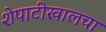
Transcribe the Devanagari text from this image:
शेपाटीखालचा